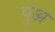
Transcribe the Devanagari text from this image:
पुअ